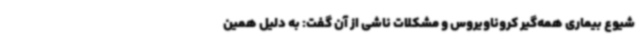
شیوع بیماری‌ همه‌گیر کروناویروس و مشکلات ناشی از آن گفت: به دلیل همین